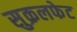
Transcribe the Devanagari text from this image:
सुक्रलफेट